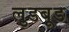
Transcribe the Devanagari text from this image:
लुडबूड